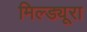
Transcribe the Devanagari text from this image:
मिल्ड्यूरा